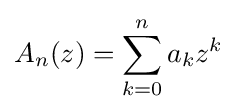
A_{n}(z)=\sum _{k=0}^{n}a_{k}z^{k}